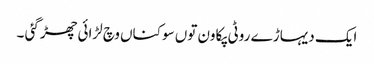
ایک دیہاڑ ے روٹی پکاون توں سوکناں وچ لڑائی چھڑ گئی ۔